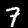
Label: 7